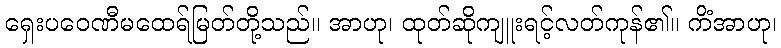
ရှေးပဝေဏီမထေရ်မြတ်တို့သည်။ အာဟု၊ ထုတ်ဆိုကျူးရင့်လတ်ကုန်၏။ ကိံအာဟု၊